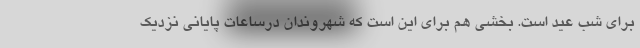
برای شب عید است. بخشی هم برای این است که شهروندان درساعات پایانی نزدیک